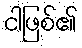
ငါဖြစ်၏